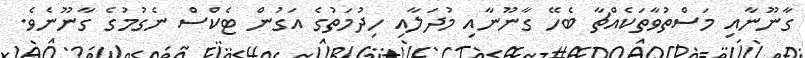
ގާނޫނާއި މަސްތުވާތަކެއްޗާ ބެހޭ ގާނޫނާއި މުދަލާއި ހިދުމަތުގެ އަގުން ޓެކްސް ނެގުމުގެ ގާނޫނެވެ.